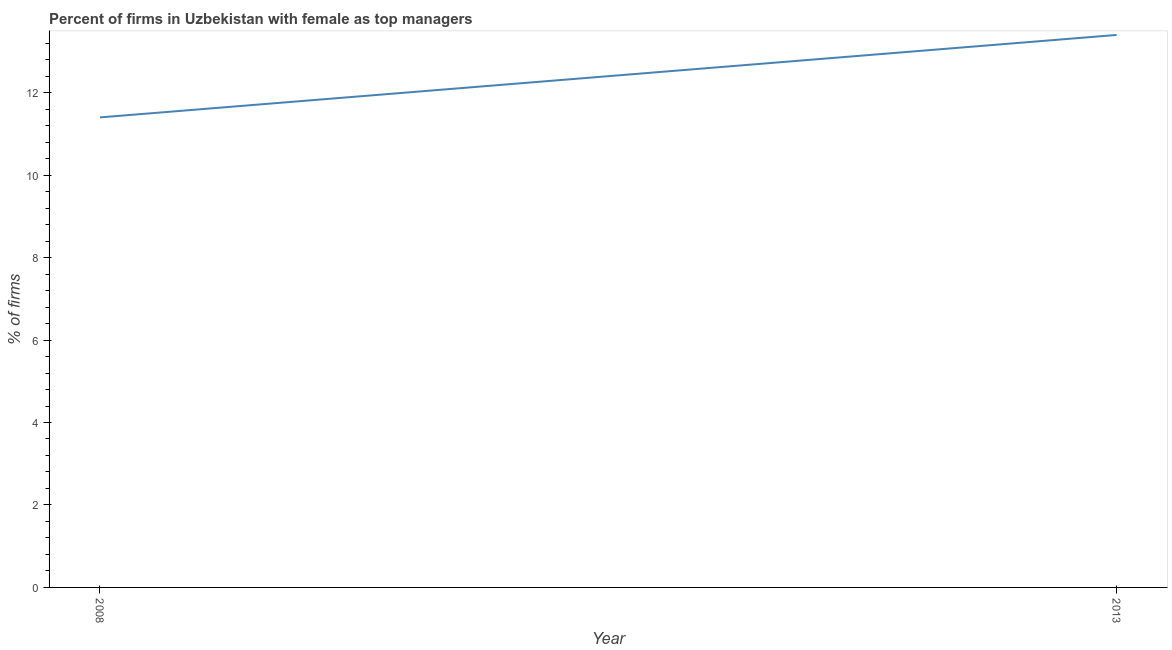
| Year | Firms with female top manager |
 | --- | --- |
 | 2008 | 11.4 |
 | 2013 | 13.4 |